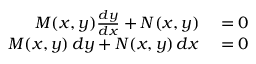
\begin{array} { r l } { M ( x , y ) { \frac { d y } { d x } } + N ( x , y ) } & { { } = 0 } \\ { M ( x , y ) \, d y + N ( x , y ) \, d x } & { { } = 0 } \end{array}